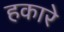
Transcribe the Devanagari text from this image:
हकारे